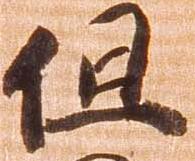
但